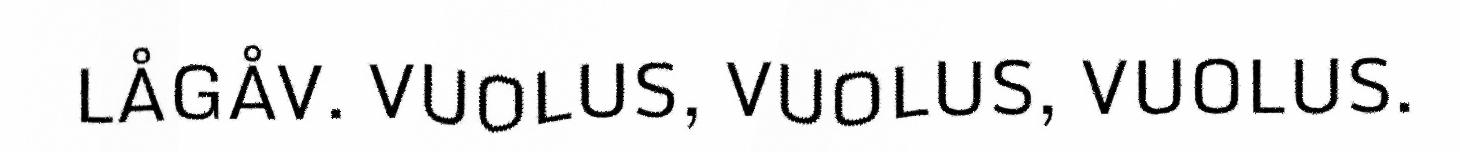
LÅGÅV. VUOLUS, VUOLUS, VUOLUS.